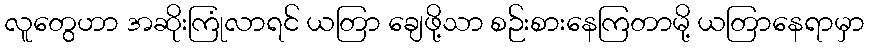
လူတွေဟာ အဆိုးကြုံလာရင် ယတြာ ချေဖို့သာ စဉ်းစားနေကြတာမို့ ယတြာနေရာမှာ